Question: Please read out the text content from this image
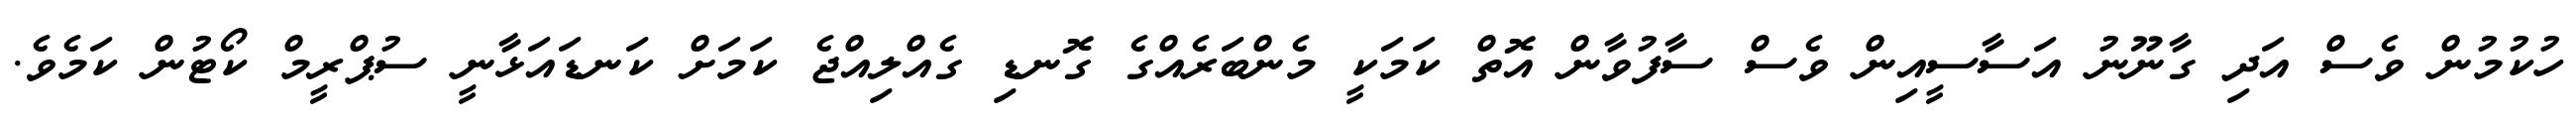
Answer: ހުކުމުން ވެސް އަދި ގާނޫނު އަސާސީއިން ވެސް ސާފުވާން އޮތް ކަމަކީ މެންބަރެއްގެ ގޮނޑި ގެއްލިއްޖެ ކަމަށް ކަނޑައަޅާނީ ސުޕްރީމް ކޯޓުން ކަމެވެ.